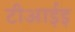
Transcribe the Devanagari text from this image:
टीआईइ